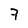
Character: 7